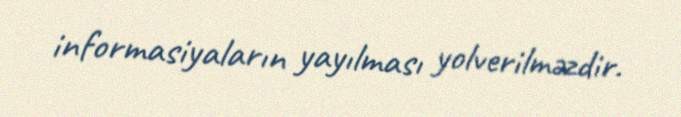
informasiyaların yayılması yolverilməzdir.